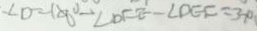
\angle D = 1 8 0 ^ { \circ } - \angle D E E - \angle D E F = 3 7 ^ { \circ }